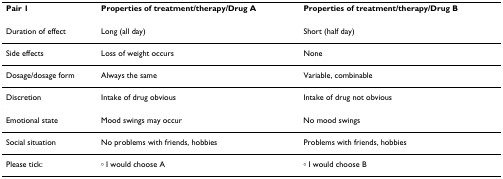
| Pair 1 | Properties of treatment/therapy/Drug A | Properties of treatment/therapy/Drug B |
 | --- | --- | --- |
 | Duration of effect | Long (all day) | Short (half day) |
 | Side effects | Loss of weight occurs | None |
 | Dosage/dosage form | Always the same | Variable, combinable |
 | Discretion | Intake of drug obvious | Intake of drug not obvious |
 | Emotional state | Mood swings may occur | No mood swings |
 | Social situation | No problems with friends, hobbies | Problems with friends, hobbies |
 | Please tick: | ∘ I would choose A | ∘ I would choose B |